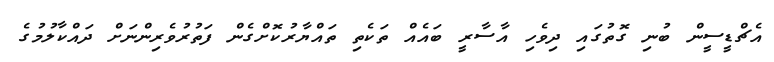
އެޗްޑީސީން ބުނި ގޮތުގައި ދިވެހި އާސާރީ ބައެއް ތަކެތި ތައްޔާރުކޮށްގެން ފަތުރުވެރިންނަށް ދައްކާލުމުގެ